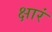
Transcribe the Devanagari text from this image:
क्षारं